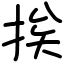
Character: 挨